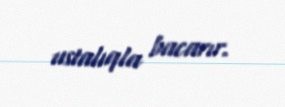
ustalıqla bacarır.